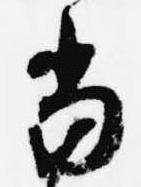
当